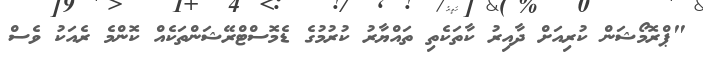
"ޕްރޮމޯޝަން ކުރިއަށް ދާއިރު ކާތަކެތި ތައްޔާރު ކުރުމުގެ ޑެމޮސްޓްރޭޝަންތަކެއް ކޮންމެ ރެއަކު ވެސް